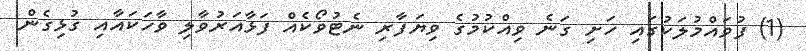
(1) ފުވައްމުލަކުގައި ހަށި ގަނެ ވިއްކުމުގެ ވިޔަފާރި ނެޓުވޯކެއް ފަޅާއަރުވާލި ވާހަކައާއި ގުޅިގެން